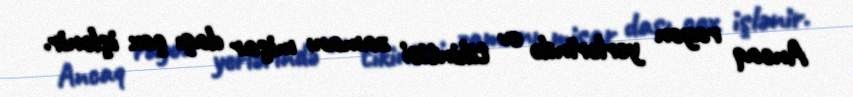
Ancaq rayon yerlərində ev tikintisi zamanı mişar daşı çox işlənir.